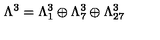
\Lambda ^ { 3 } = \Lambda _ { 1 } ^ { 3 } \oplus \Lambda _ { 7 } ^ { 3 } \oplus \Lambda _ { 2 7 } ^ { 3 }